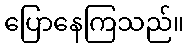
ပြောနေကြသည်။